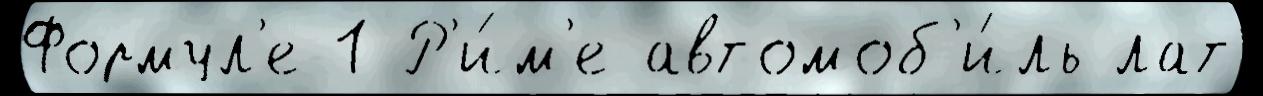
Формул'е-1 Р'и́м'е автомоб'и́ль лат